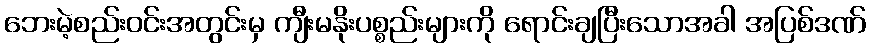
ဘေးမဲ့စည်းဝင်းအတွင်းမှ ကျီးမနိုးပစ္စည်းများကို ရောင်းချပြီးသောအခါ အပြစ်ဒဏ်